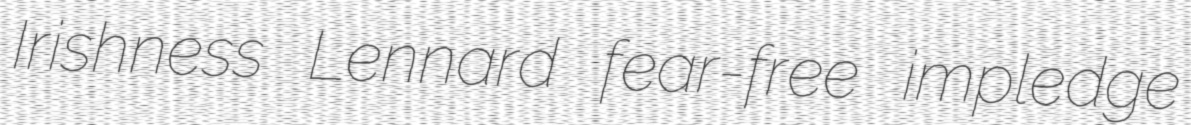
Irishness Lennard fear-free impledge